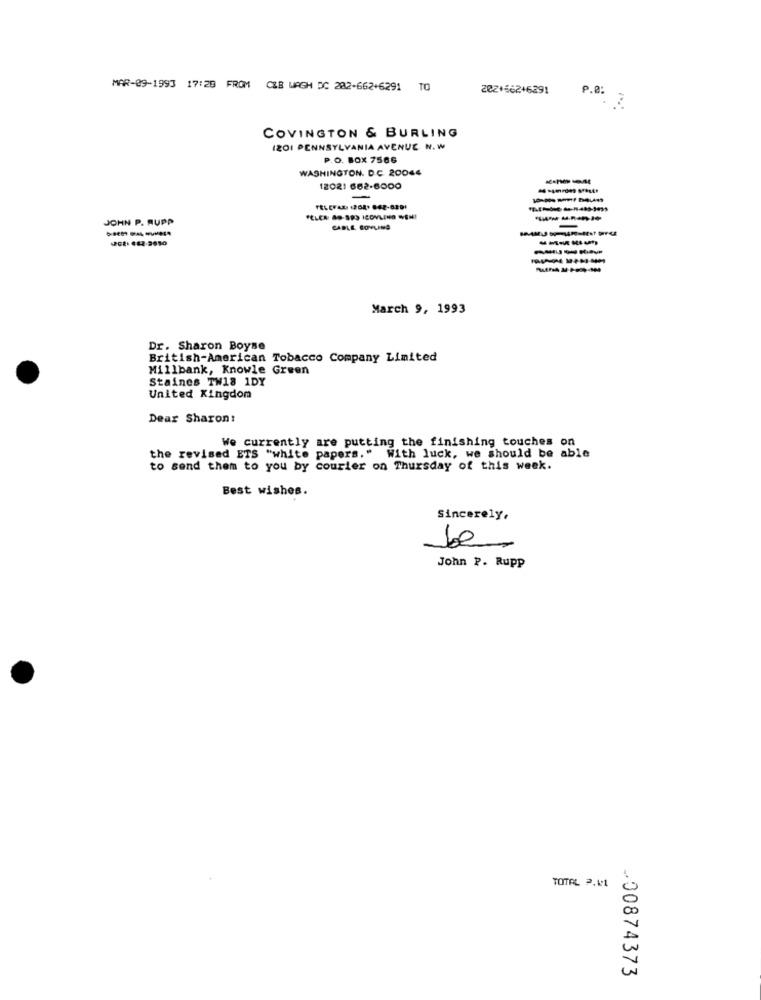
MAR-09-1993 17:29 FROM CLB WAGH DC 282-662+6291 TO
202+562+6291
P.B: 2
COVINGTON & BURLING
IZO1 PENNSYLVANIA AVENUE N. W
P.O. BOX 7586
WASHINGTON. D.C. 20044
12021 682-6000
-
FELEFAR (2089 862-6891
JOHN P. RUPP
CABLE, COVLING
-
-----
---
March 9, 1993
Dr. Sharon Boyse
British-American Tobacco Company Limited
Millbank, Knowle Green
Staines TW18 1DY
United Kingdom
Dear Sharon:
We currently are putting the finishing touches on
the revised ETS "white papers." With luck, we should be able
to send them to you by courier on Thursday of this week.
Best wishes.
Sincerely,
be
-
John P. Rupp
TOTAL P.4.1
-00874373